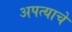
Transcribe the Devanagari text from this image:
अपत्याचे